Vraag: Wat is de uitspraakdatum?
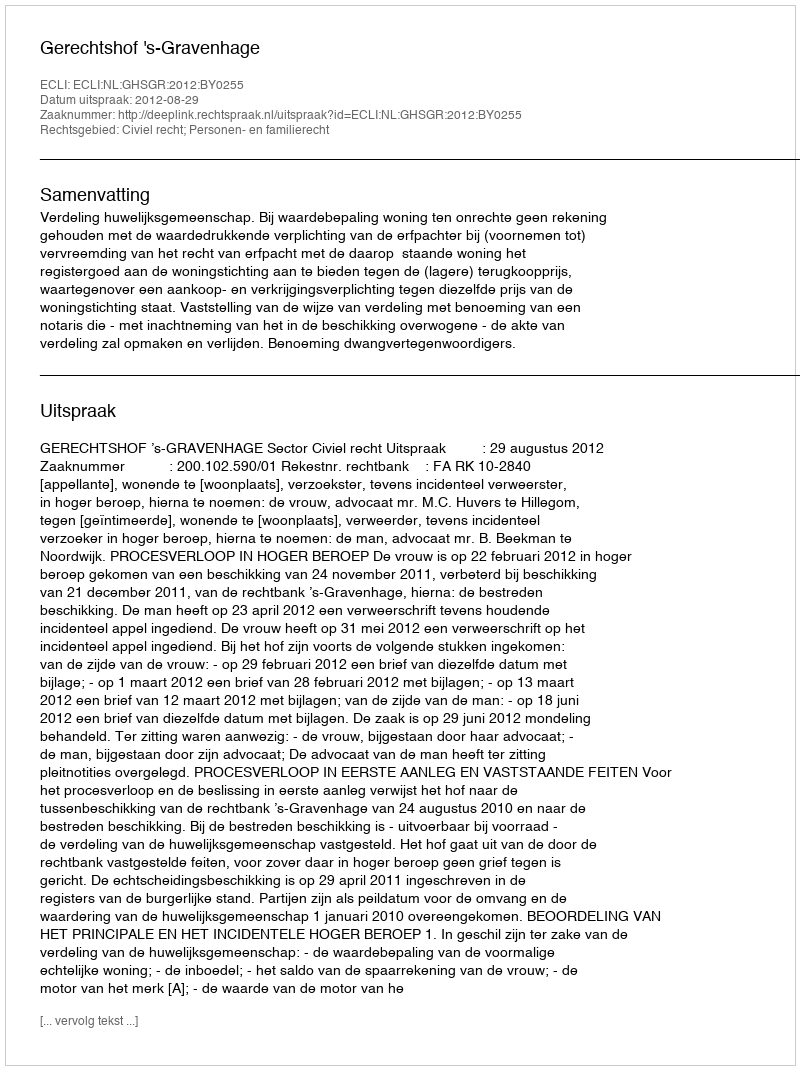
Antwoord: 2012-08-29